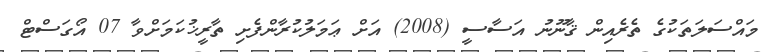
މައްސަލަތަކުގެ ތެރެއިން ޤާނޫނު އަސާސީ (2008) އަށް ޢަމަލުކުރާންފެށި ތާރީޚުކަމަށްވާ 07 އޯގަސްޓް